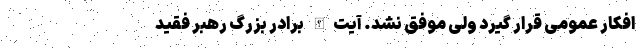
افکار عمومی قرار گیرد ولی موفق نشد. آیت‌الله برادر بزرگ رهبر فقید